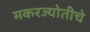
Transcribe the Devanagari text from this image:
मकरज्योतीचे